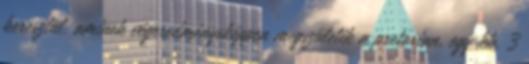
keresztül, aminek végeredményeképpen megszületik a pretorian, egy kb. 3